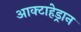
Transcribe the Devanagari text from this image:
आक्टाहेड्रान